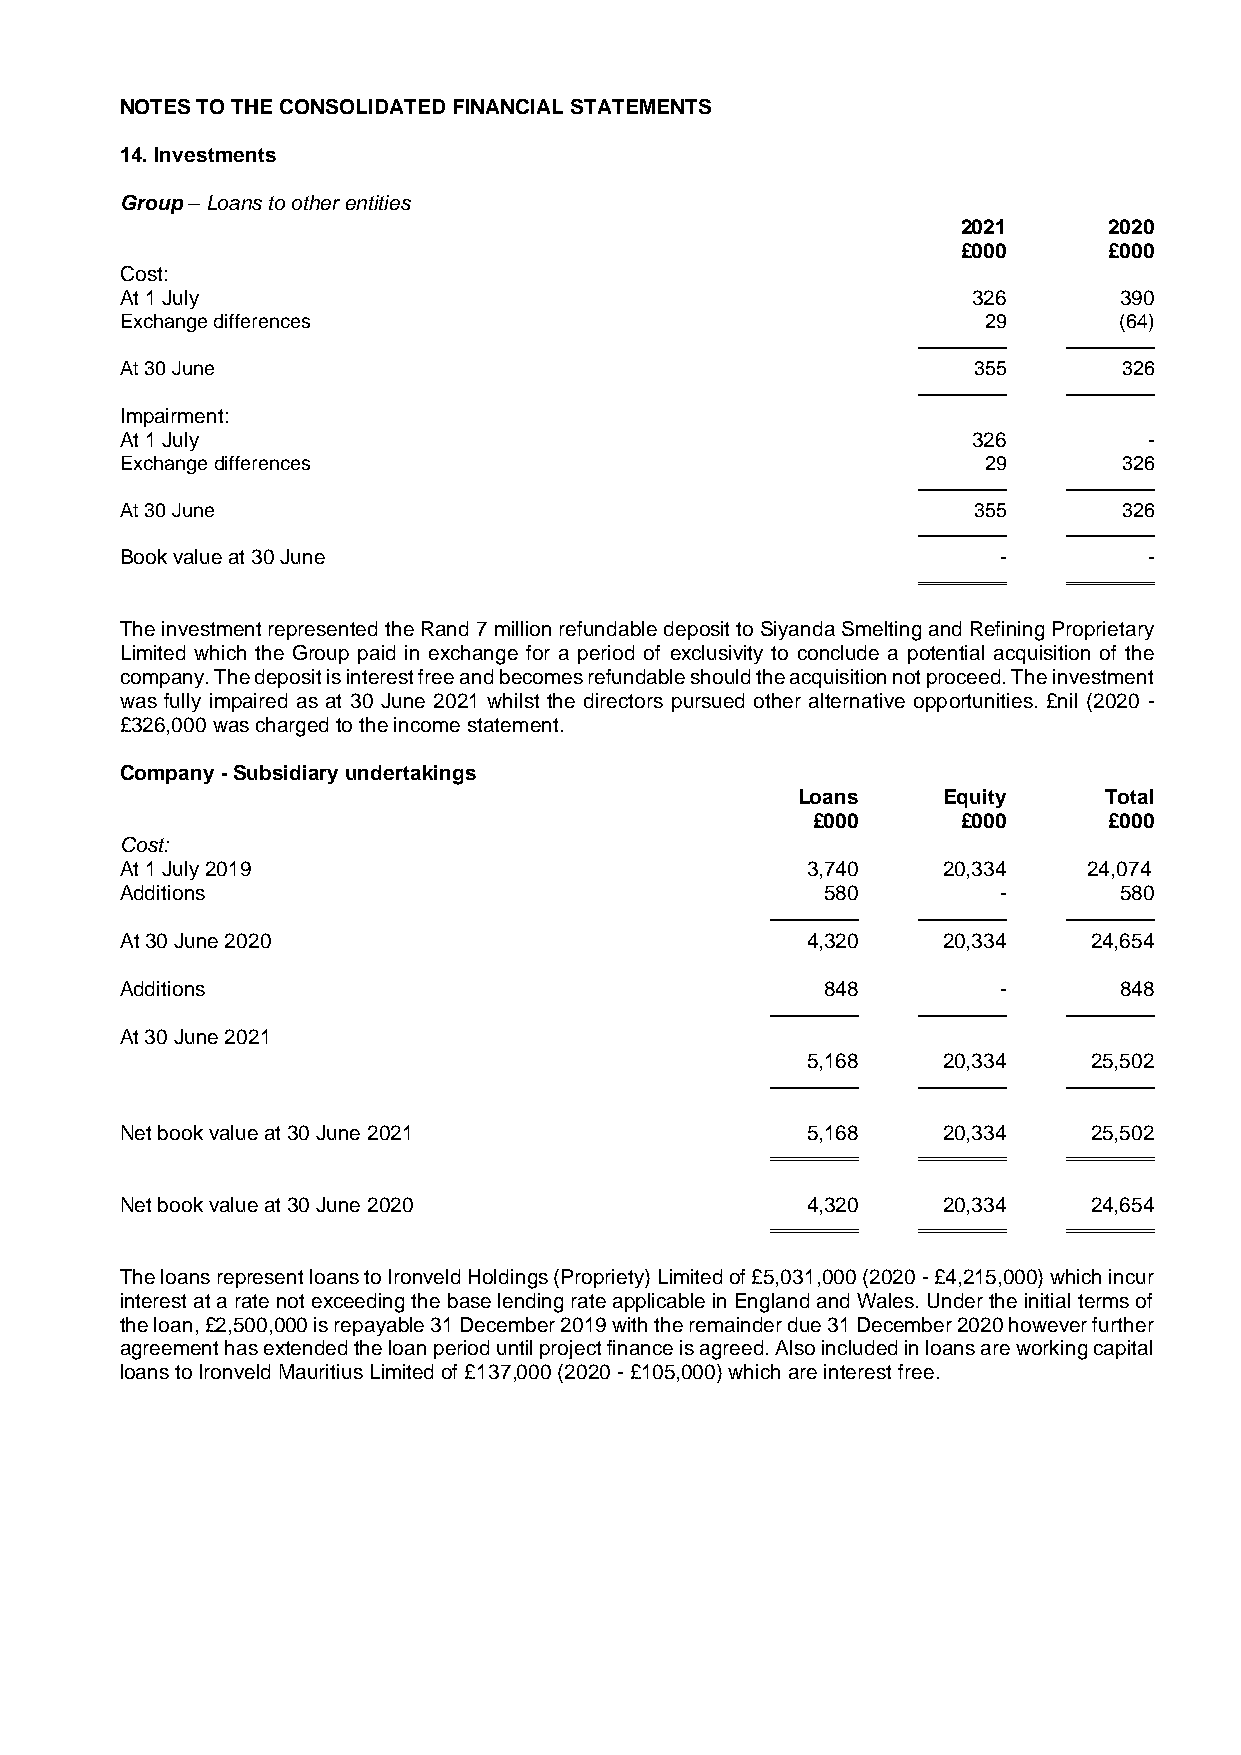
NOTES TO THE CONSOLIDATED FINANCIAL STATEMENTS
 14. Investments
 Group – Loans to other entities
 2021     2020
 £000     £000
 Cost:
 At 1 July                                               326       390
 Exchange differences                                     29       (64)
 At 30 June                                              355       326
 Impairment:
 At 1 July                                               326         -
 Exchange differences                                     29       326
 At 30 June                                              355       326
 Book value at 30 June                                     -         -
 The investment represented the Rand 7 million refundable deposit to Siyanda Smelting and Refining Proprietary
 Limited which the Group paid in exchange for a period of exclusivity to conclude a potential acquisition of the
 company. The deposit is interest free and becomes refundable should the acquisition not proceed. The investment
 was fully impaired as at 30 June 2021 whilst the directors pursued other alternative opportunities. £nil (2020 -
 £326,000 was charged to the income statement.
 Company - Subsidiary undertakings
 Loans    Equity     Total
 £000      £000     £000
 Cost:
 At 1 July 2019                               3,740    20,334    24,074
 Additions                                      580        -       580
 At 30 June 2020                              4,320    20,334    24,654
 Additions                                      848        -       848
 At 30 June 2021
 5,168    20,334    25,502
 Net book value at 30 June 2021               5,168    20,334    25,502
 Net book value at 30 June 2020               4,320    20,334    24,654
 The loans represent loans to Ironveld Holdings (Propriety) Limited of £5,031,000 (2020 - £4,215,000) which incur
 interest at a rate not exceeding the base lending rate applicable in England and Wales. Under the initial terms of
 the loan, £2,500,000 is repayable 31 December 2019 with the remainder due 31 December 2020 however further
 agreement has extended the loan period until project finance is agreed. Also included in loans are working capital
 loans to Ironveld Mauritius Limited of £137,000 (2020 - £105,000) which are interest free.